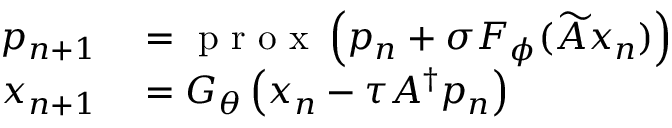
\begin{array} { r l } { p _ { n + 1 } } & { { } = \mathrm { ~ p ~ r ~ o ~ x ~ } \left( p _ { n } + \sigma F _ { \phi } ( \widetilde { A } x _ { n } ) \right) } \\ { x _ { n + 1 } } & { { } = G _ { \theta } \left( x _ { n } - \tau A ^ { \dagger } p _ { n } \right) } \end{array}